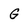
Character: G